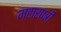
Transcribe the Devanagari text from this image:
महाराष्त्री